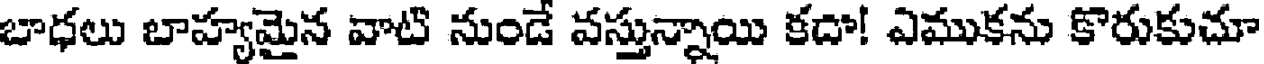
బాధలు బాహ్యమైన వాటి నుండే వస్తున్నాయి కదా! ఎముకను కొరుకుచూ